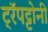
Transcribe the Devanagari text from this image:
ट्रॅपट्टोनी